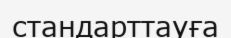
стандарттауға